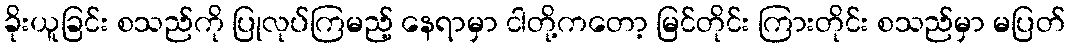
ခိုးယူခြင်း စသည်ကို ပြုလုပ်ကြမည့် နေရာမှာ ငါတို့ကတော့ မြင်တိုင်း ကြားတိုင်း စသည်မှာ မပြတ်